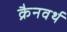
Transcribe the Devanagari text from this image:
क्रैनवर्थ